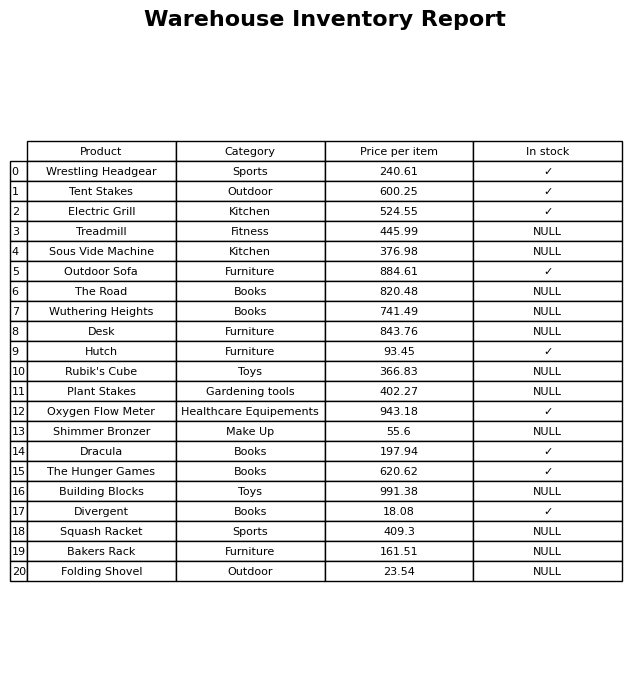
question: What category does the Building Blocks belong to?
answer: Toys